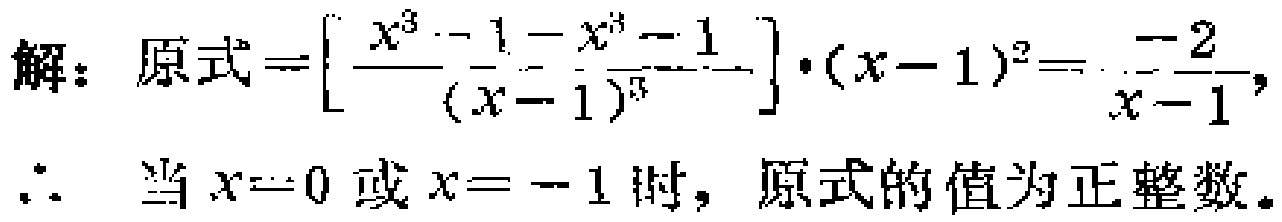
解：原式$=\left[\dfrac{x^{3}-1 - x^{3}-1}{(x - 1)^{3}}\right]\cdot(x - 1)^{2}=\dfrac{-2}{x - 1},$
$\therefore$ 当$x = 0$或$x = -1$时，原式的值为正整数。